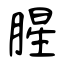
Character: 腥